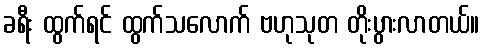
ခရီး ထွက်ရင် ထွက်သလောက် ဗဟုသုတ တိုးပွားလာတယ်။